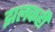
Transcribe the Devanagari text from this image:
झलकही